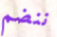
ننضم